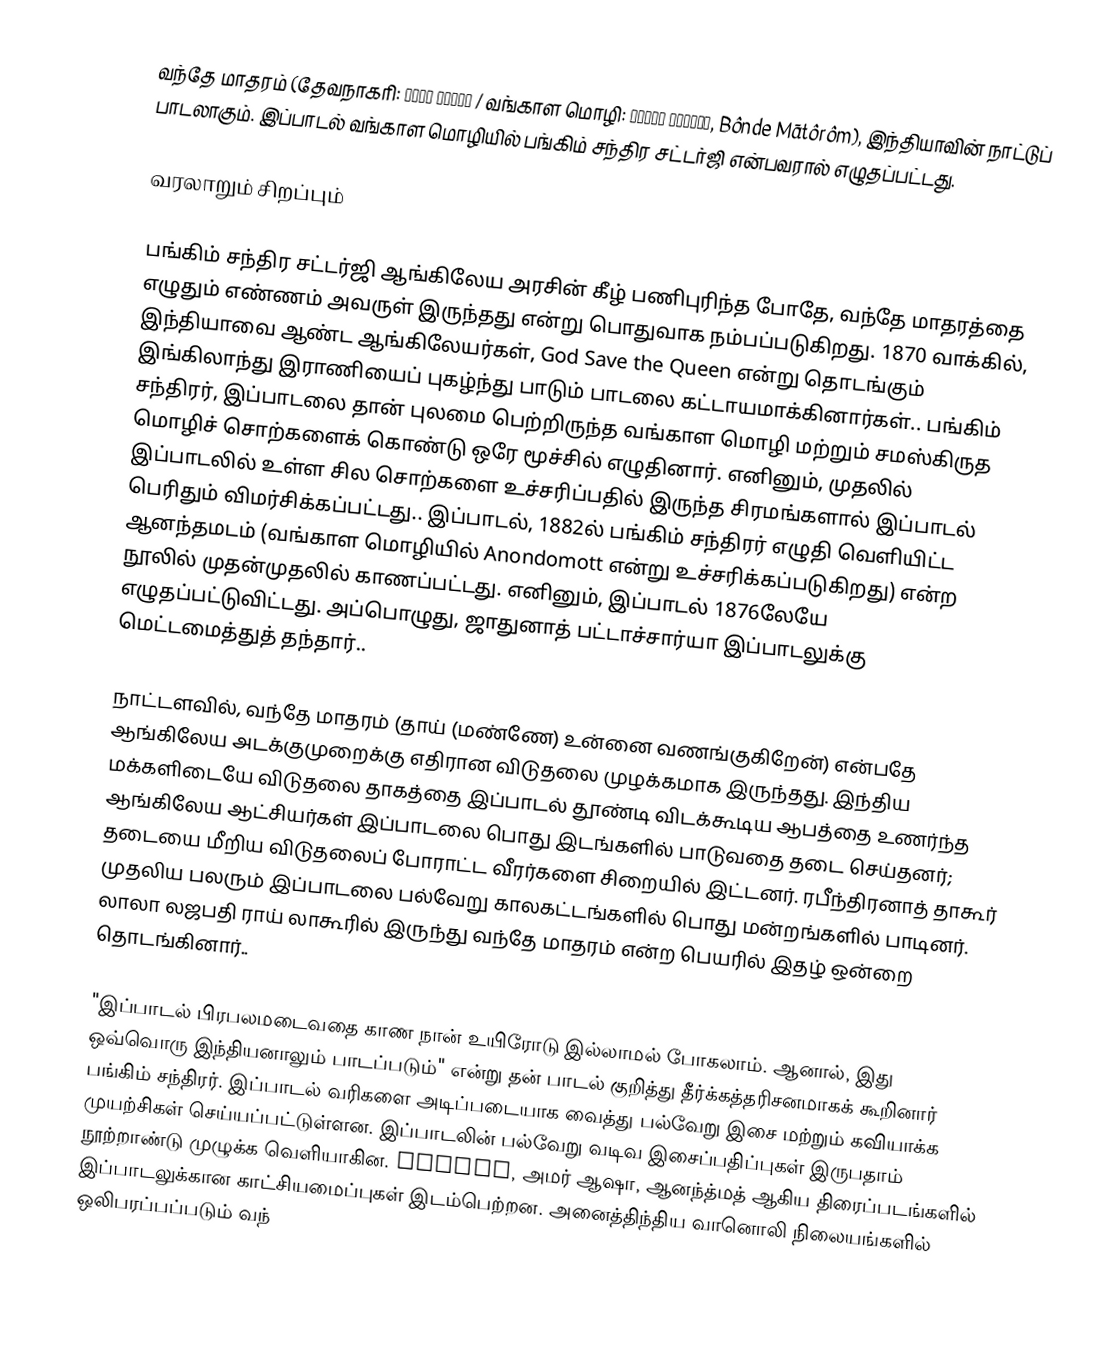
வந்தே மாதரம் (தேவநாகரி: वंदे मातरम / வங்காள மொழி: বন্দে মাতরম্, Bônde Mātôrôm), இந்தியாவின் நாட்டுப் பாடலாகும். இப்பாடல் வங்காள மொழியில் பங்கிம் சந்திர சட்டர்ஜி என்பவரால் எழுதப்பட்டது.

வரலாறும் சிறப்பும்

பங்கிம் சந்திர சட்டர்ஜி ஆங்கிலேய அரசின் கீழ் பணிபுரிந்த போதே, வந்தே மாதரத்தை எழுதும் எண்ணம் அவருள் இருந்தது என்று பொதுவாக நம்பப்படுகிறது. 1870 வாக்கில், இந்தியாவை ஆண்ட ஆங்கிலேயர்கள், God Save the Queen என்று தொடங்கும் இங்கிலாந்து இராணியைப் புகழ்ந்து பாடும் பாடலை கட்டாயமாக்கினார்கள்.. பங்கிம் சந்திரர், இப்பாடலை தான் புலமை பெற்றிருந்த வங்காள மொழி மற்றும் சமஸ்கிருத மொழிச் சொற்களைக் கொண்டு ஒரே மூச்சில் எழுதினார். எனினும், முதலில் இப்பாடலில் உள்ள சில சொற்களை உச்சரிப்பதில் இருந்த சிரமங்களால் இப்பாடல் பெரிதும் விமர்சிக்கப்பட்டது.. இப்பாடல், 1882ல் பங்கிம் சந்திரர் எழுதி வெளியிட்ட ஆனந்தமடம் (வங்காள மொழியில் Anondomott என்று உச்சரிக்கப்படுகிறது) என்ற நூலில் முதன்முதலில் காணப்பட்டது. எனினும், இப்பாடல் 1876லேயே எழுதப்பட்டுவிட்டது. அப்பொழுது, ஜாதுனாத் பட்டாச்சார்யா இப்பாடலுக்கு மெட்டமைத்துத் தந்தார்..

நாட்டளவில், வந்தே மாதரம் (தாய் (மண்ணே) உன்னை வணங்குகிறேன்) என்பதே ஆங்கிலேய அடக்குமுறைக்கு எதிரான விடுதலை முழக்கமாக இருந்தது. இந்திய மக்களிடையே விடுதலை தாகத்தை இப்பாடல் தூண்டி விடக்கூடிய ஆபத்தை உணர்ந்த ஆங்கிலேய ஆட்சியர்கள் இப்பாடலை பொது இடங்களில் பாடுவதை தடை செய்தனர்; தடையை மீறிய விடுதலைப் போராட்ட வீரர்களை சிறையில் இட்டனர். ரபீந்திரனாத் தாகூர் முதலிய பலரும் இப்பாடலை பல்வேறு காலகட்டங்களில் பொது மன்றங்களில் பாடினர். லாலா லஜபதி ராய் லாகூரில் இருந்து வந்தே மாதரம் என்ற பெயரில் இதழ் ஒன்றை தொடங்கினார்..

"இப்பாடல் பிரபலமடைவதை காண நான் உயிரோடு இல்லாமல் போகலாம். ஆனால், இது ஒவ்வொரு இந்தியனாலும் பாடப்படும்" என்று தன் பாடல் குறித்து தீர்க்கத்தரிசனமாகக் கூறினார் பங்கிம் சந்திரர். இப்பாடல் வரிகளை அடிப்படையாக வைத்து பல்வேறு இசை மற்றும் கவியாக்க முயற்சிகள் செய்யப்பட்டுள்ளன. இப்பாடலின் பல்வேறு வடிவ இசைப்பதிப்புகள் இருபதாம் நூற்றாண்டு முழுக்க வெளியாகின. Leader, அமர் ஆஷா, ஆனந்த்மத் ஆகிய திரைப்படங்களில் இப்பாடலுக்கான காட்சியமைப்புகள் இடம்பெற்றன. அனைத்திந்திய வானொலி நிலையங்களில் ஒலிபரப்பப்படும் வந்